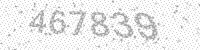
Solution: 467839